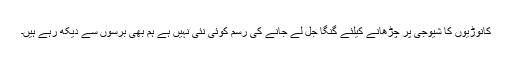
کانوڑیوں کا شیوجی پر چڑھانے کیلئے گنگا جل لے جانے کی رسم کوئی نئی نہیں ہے ہم بھی برسوں سے دیکھ رہے ہیں۔